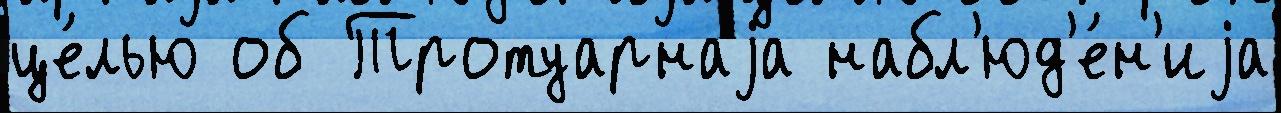
це́лью об Тротуарнаjа набл'юд'е́н'иjа